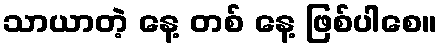
သာယာတဲ့ နေ့ တစ် နေ့ ဖြစ်ပါစေ။